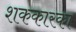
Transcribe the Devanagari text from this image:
शककारका